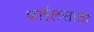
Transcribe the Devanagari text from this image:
फाईलसाठी